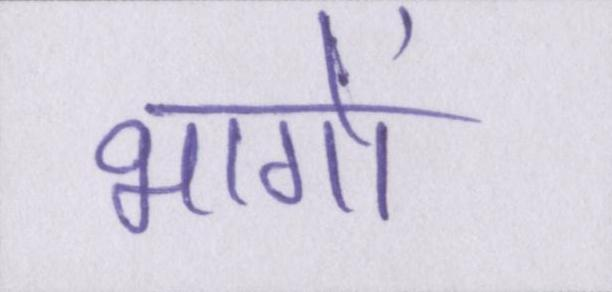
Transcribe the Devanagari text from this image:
भागों